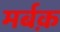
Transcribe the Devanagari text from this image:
मर्बक़